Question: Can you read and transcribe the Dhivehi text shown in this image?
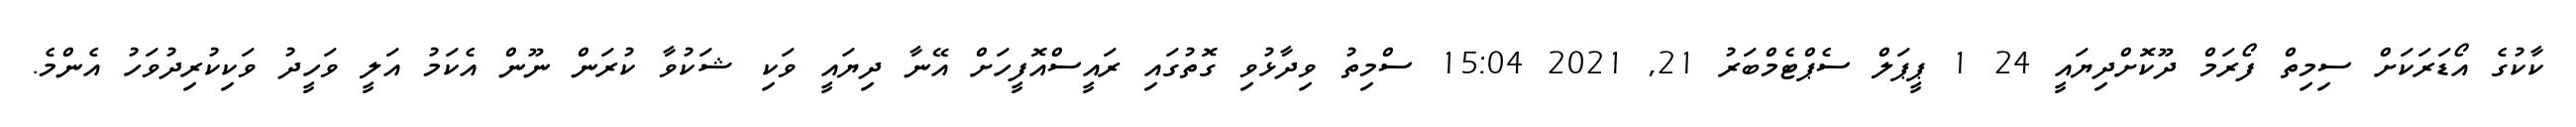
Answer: ކާކުގެ އޯޑަރަކަށް ސިމިތް ފޯރަމް ދޫކޮށްދިޔައީ 24 1 ޕީޕަލް ސެޕްޓެމްބަރު 21, 2021 15:04 ސްމިތު ވިދާޅުވި ގޮތުގައި ރައީސްއޮފީހަށް އޭނާ ދިޔައީ ވަކި ޝަކުވާ ކުރަން ނޫން އެކަމު އަލީ ވަހީދު ވަކިކުރިދުވަހު އެންމެ.